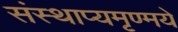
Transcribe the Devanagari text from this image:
संस्थाप्यमृण्मये